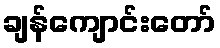
ချန်ကျောင်းတော်